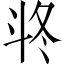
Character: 𣁲